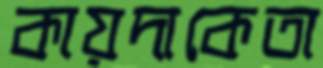
কায়দাকেতা